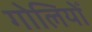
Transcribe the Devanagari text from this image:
गोलियोँ